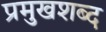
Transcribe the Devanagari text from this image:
प्रमुखशब्द